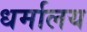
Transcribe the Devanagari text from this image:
धर्मालय